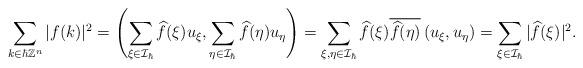
LaTeX: \begin{align*}\sum_{k \in \hbar\mathbb{Z}^{n}}|f(k)|^{2}=\left(\sum_{\xi \in \mathcal{I}_{\hbar}} \widehat{f}(\xi) u_{\xi},\sum_{\eta \in \mathcal{I}_{\hbar}} \widehat{f}(\eta) u_{\eta}\right)=\sum\limits_{\xi,\eta\in\mathcal{I}_{\hbar}}\widehat{f}(\xi)\overline{\widehat{f}(\eta)}\left(u_{\xi},u_{\eta}\right)=\sum_{\xi \in \mathcal{I}_{\hbar}}|\widehat{f}(\xi)|^{2}.\end{align*}